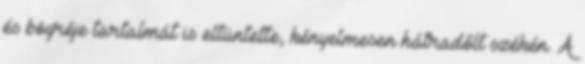
és bögréje tartalmát is eltüntette, kényelmesen hátradőlt székén. A